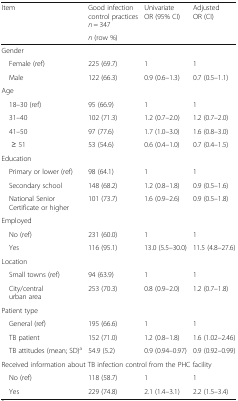
<table><thead><tr><td rowspan="2"><b>Item</b></td><td><b>Good infection control practices <i>n</i> = 347</b></td><td rowspan="2"><b>Univariate OR (95% CI)</b></td><td rowspan="2"><b>Adjusted OR (CI)</b></td></tr><tr><td><b><i>n</i> (row %)</b></td></tr></thead><tbody><tr><td colspan="4">Gender</td></tr><tr><td> Female (ref)</td><td>225 (69.7)</td><td>1</td><td>1</td></tr><tr><td> Male</td><td>122 (66.3)</td><td>0.9 (0.6–1.3)</td><td>0.7 (0.5–1.1)</td></tr><tr><td colspan="4">Age</td></tr><tr><td> 18–30 (ref)</td><td>95 (66.9)</td><td>1</td><td>1</td></tr><tr><td> 31–40</td><td>102 (71.3)</td><td>1.2 (0.7–2.0)</td><td>1.2 (0.7–2.0)</td></tr><tr><td> 41–50</td><td>97 (77.6)</td><td>1.7 (1.0–3.0)</td><td>1.6 (0.8–3.0)</td></tr><tr><td>≥ 51</td><td>53 (54.6)</td><td>0.6 (0.4–1.0)</td><td>0.7 (0.4–1.5)</td></tr><tr><td colspan="4">Education</td></tr><tr><td> Primary or lower (ref)</td><td>98 (64.1)</td><td>1</td><td>1</td></tr><tr><td> Secondary school</td><td>148 (68.2)</td><td>1.2 (0.8–1.8)</td><td>0.9 (0.5–1.6)</td></tr><tr><td> National Senior Certificate or higher</td><td>101 (73.7)</td><td>1.6 (0.9–2.6)</td><td>0.9 (0.5–1.8)</td></tr><tr><td colspan="4">Employed</td></tr><tr><td> No (ref)</td><td>231 (60.0)</td><td>1</td><td>1</td></tr><tr><td> Yes</td><td>116 (95.1)</td><td>13.0 (5.5–30.0)</td><td>11.5 (4.8–27.6)</td></tr><tr><td colspan="4">Location</td></tr><tr><td> Small towns (ref)</td><td>94 (63.9)</td><td>1</td><td>1</td></tr><tr><td> City/central urban area</td><td>253 (70.3)</td><td>0.8 (0.9–2.0)</td><td>1.2 (0.7–1.8)</td></tr><tr><td colspan="4">Patient type</td></tr><tr><td> General (ref)</td><td>195 (66.6)</td><td>1</td><td>1</td></tr><tr><td> TB patient</td><td>152 (71.0)</td><td>1.2 (0.8–1.8)</td><td>1.6 (1.02–2.46)</td></tr><tr><td> TB attitudes (mean; SD)<sup>a</sup></td><td>54.9 (5.2)</td><td>0.9 (0.94–0.97)</td><td>0.9 (0.92–0.99)</td></tr><tr><td colspan="4">Received information about TB infection control from the PHC facility</td></tr><tr><td> No (ref)</td><td>118 (58.7)</td><td>1</td><td>1</td></tr><tr><td> Yes</td><td>229 (74.8)</td><td>2.1 (1.4–3.1)</td><td>2.2 (1.5–3.4)</td></tr></tbody></table>